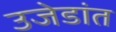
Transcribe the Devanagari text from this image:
उजेडांत